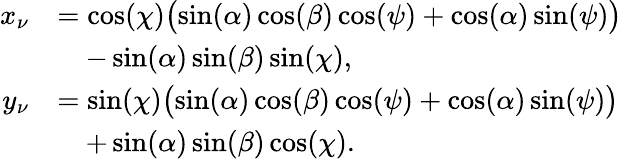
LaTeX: \begin{array}{rl}{x_{\nu}}&{=\cos(\chi)\big(\! \sin(\alpha)\cos(\beta)\cos(\psi)+\cos(\alpha)\sin(\psi)\big)}\\ &{\quad-\sin(\alpha)\sin(\beta)\sin(\chi),}\\ {y_{\nu}}&{=\sin(\chi)\big(\! \sin(\alpha)\cos(\beta)\cos(\psi)+\cos(\alpha)\sin(\psi)\big)}\\ &{\quad+\sin(\alpha)\sin(\beta)\cos(\chi).}\end{array}